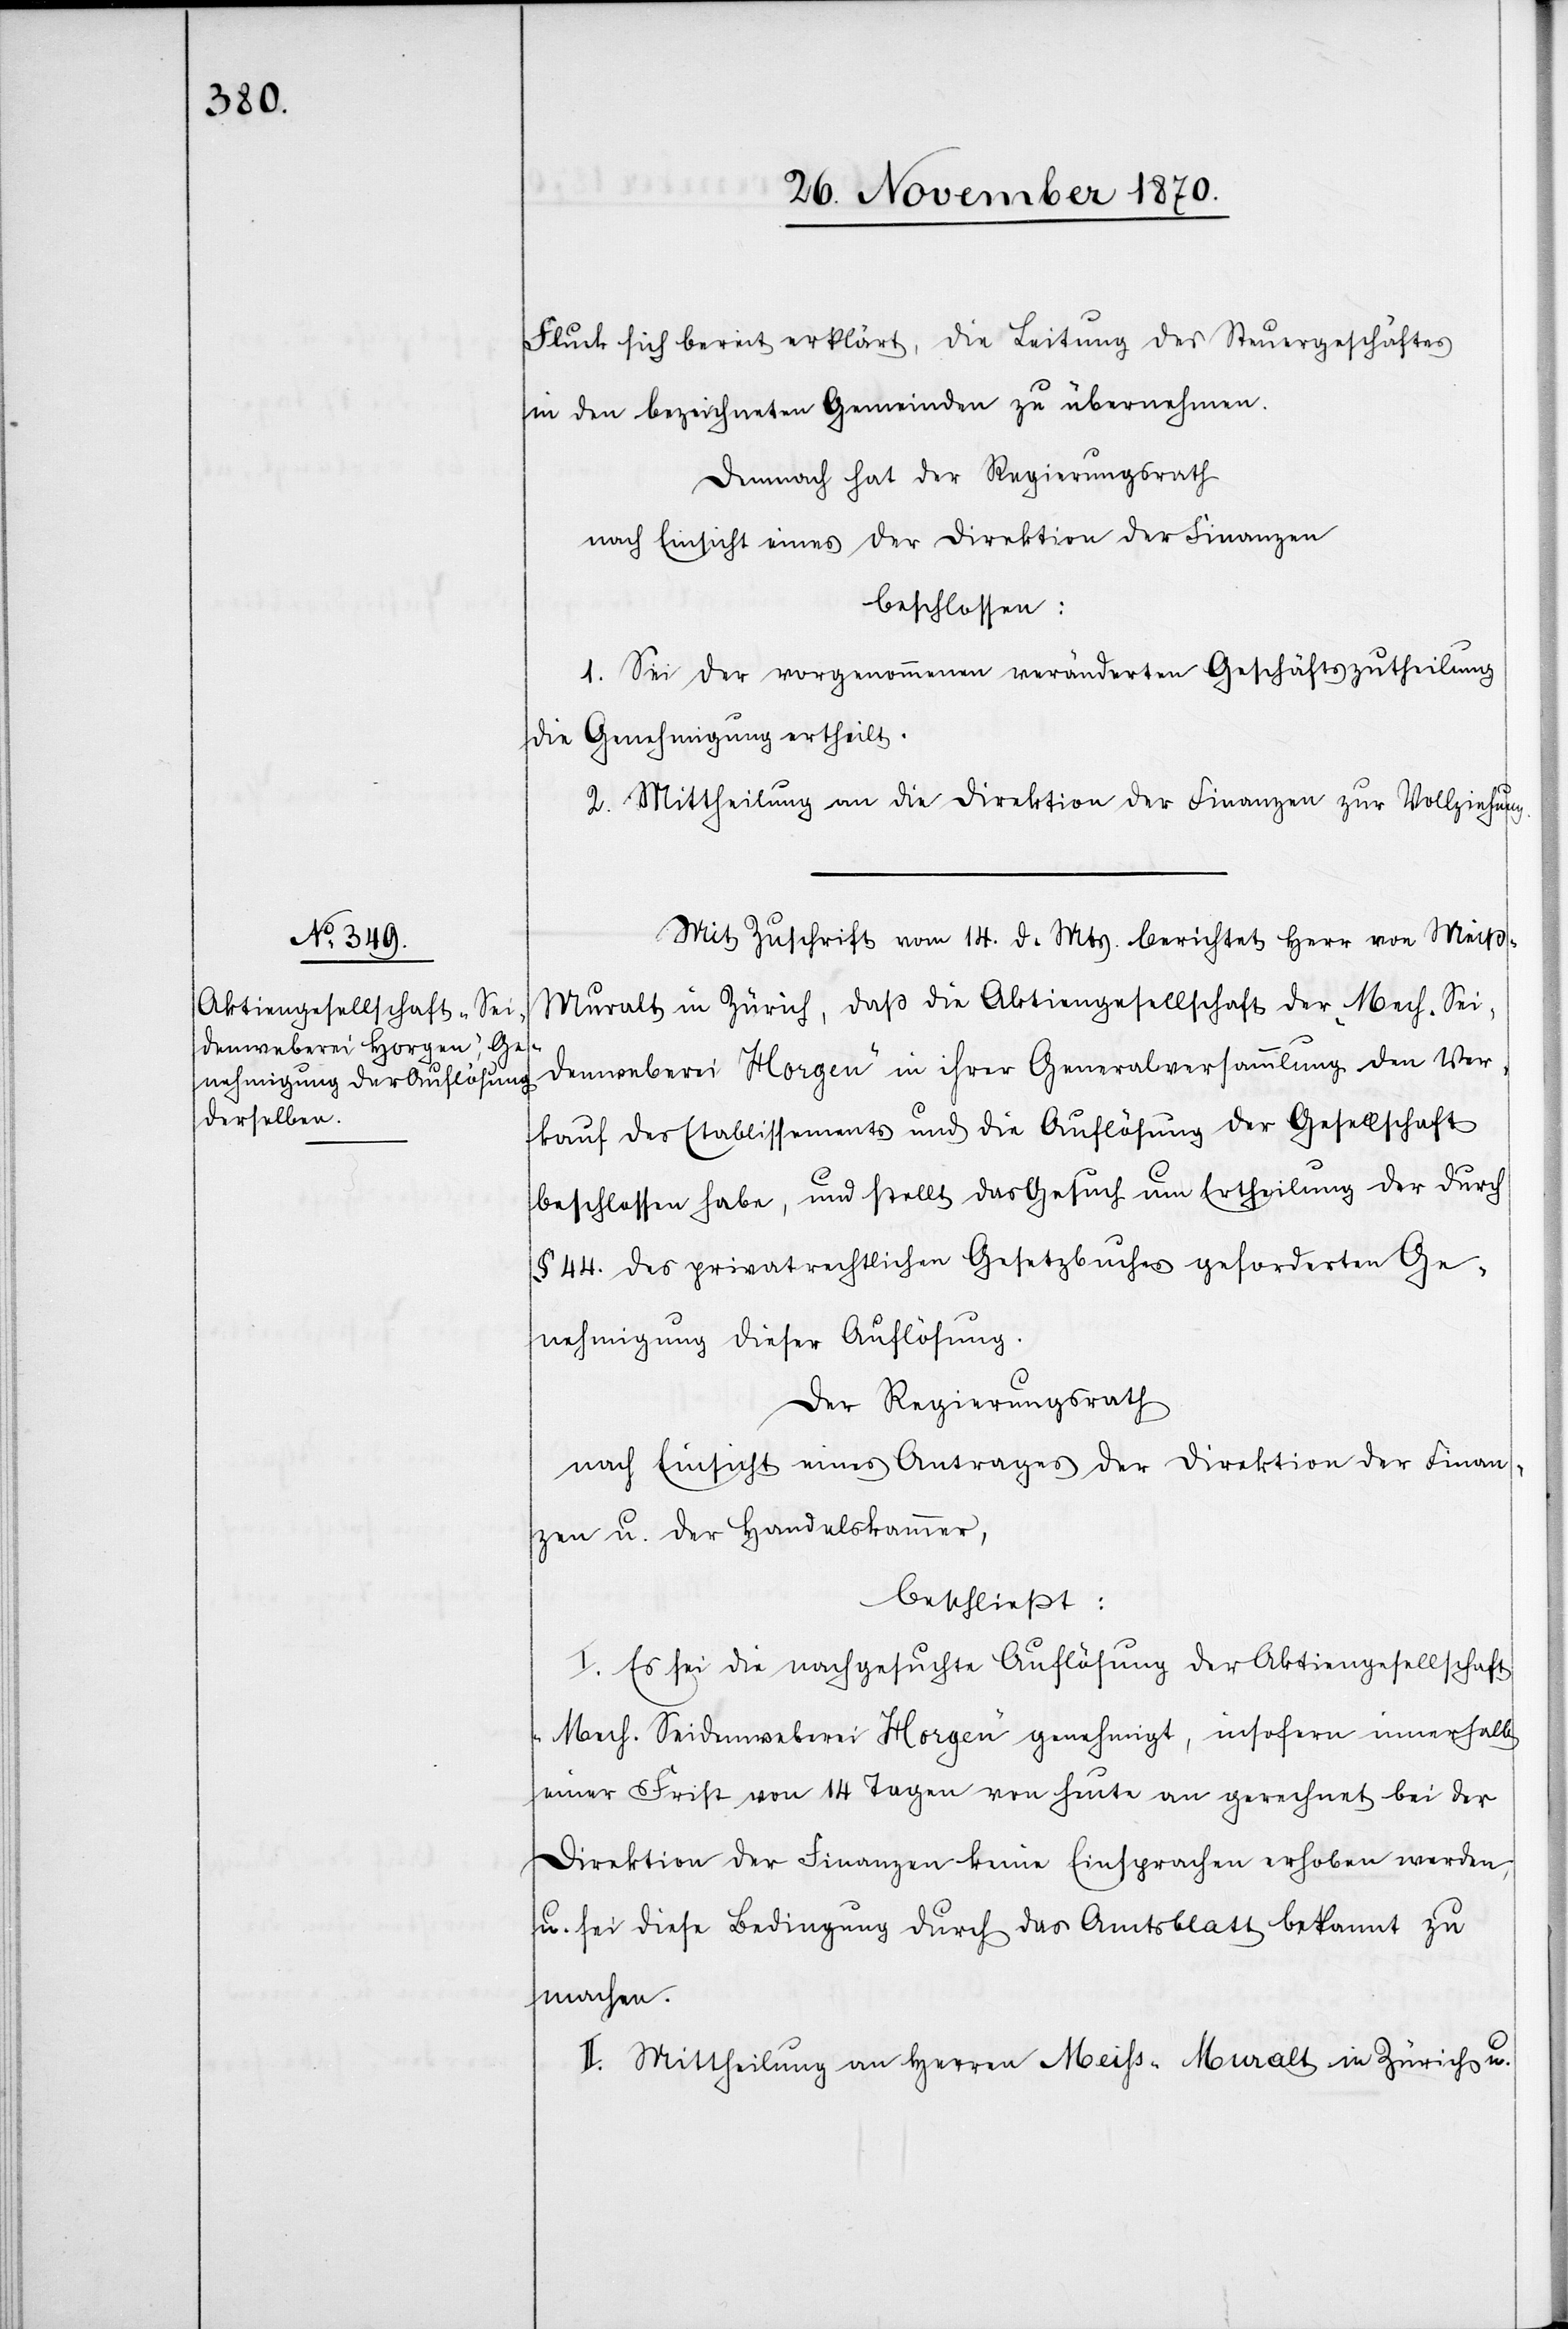
Fluck sich bereit erklärt, die Leitung des Steuergeschäftes
in den bezeichneten Gemeinden zu übernehmen.
Demnach hat der Regierungsrath
beschlossen:
1. Sei der vorgenommenen veränderten Geschäftszutheilung
die Genehmigung ertheilt.
2. Mittheilung an die Direktion der Finanzen zur Vollziehung.
Mit Zuschrift vom 14. d. Mts. berichtet Herr von Meiß-M¬
uralt in Zürich, daß die Aktiengesellschaft der „Mech. Sei¬
denweberei Horgen“ in ihrer Generalversammlung den Ver¬
kauf des Etablissements und die Auflösung der Gesellschaft
beschlossen habe, und stellt das Gesuch um Ertheilung der durch
§ 44. des privatrechtlichen Gesetzbuches geforderten Ge¬
nehmigung dieser Auflösung.
Der Regierungsrath
nach Einsicht eines Antrages der Direktion der Finan¬
zen u. der Handelskammer,
beschließt:
I. Es sei die nachgesuchte Auflösung der Aktiengesellschaft
„Mech. Seidenweberei Horgen“ genehmigt, insofern innerhalb
einer Frist von 14 Tagen von heute an gerechnet bei der
Direktion der Finanzen keine Einsprachen erhoben werden,
u. sei diese Bedingung durch das Amtsblatt bekannt zu
machen.
II. Mittheilung an Herren Meiß-Muralt in Zürich u.